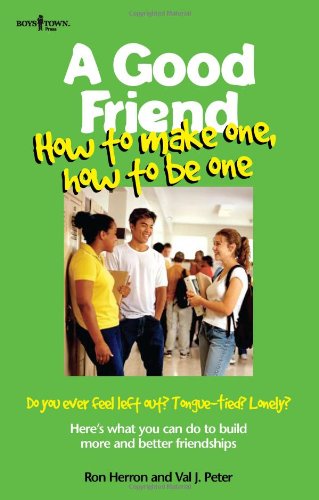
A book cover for A Good Friend: How to Make One, How to Be One (Boys Town Teens and Relationships); Ron Herron; Teen & Young Adult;